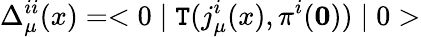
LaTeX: \Delta_{\mu}^{ii}(x)=<0\mid\mathtt{T}(j_{\mu}^{i}(x),\pi^{i}(\mathbf{0}))\mid0>